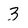
Character: 3